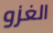
الغزو